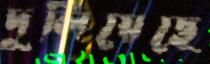
দুলিয়েছে